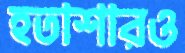
হতাশারও